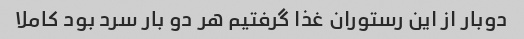
دوبار از این رستوران غذا گرفتیم هر دو بار سرد بود کاملا